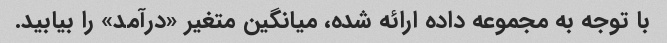
با توجه به مجموعه داده ارائه شده، میانگین متغیر «درآمد» را بیابید.